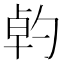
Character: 𠣳